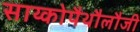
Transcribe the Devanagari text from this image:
साय्कोपैथौलौजी